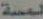
لمسة